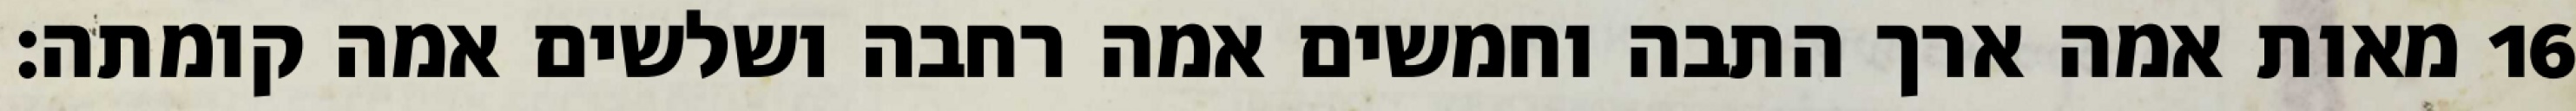
מאות אמה ארך התבה וחמשים אמה רחבה ושלשים אמה קומתה׃ ‎16‏